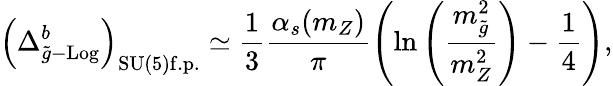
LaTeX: \left(\Delta_{\widetilde{g}-\mathrm{Log}}^{b}\right)_{\mathrm{SU(5)f.p.}}\simeq\frac{1}{3}\frac{\alpha_{s}(m_{Z})}{\pi}\left(\ln\left(\frac{m_{\widetilde{g}}^{2}}{m_{Z}^{2}}\right)-\frac{1}{4}\right),